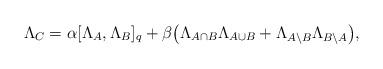
LaTeX: \begin{align*}\Lambda_{C}=\alpha[\Lambda_{A},\Lambda_{B}]_q + \beta\big(\Lambda_{A\cap B}\Lambda_{A\cup B}+\Lambda_{A\backslash B}\Lambda_{B\backslash A}\big),\end{align*}